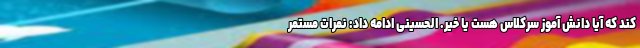
کند که آیا دانش آموز سرکلاس هست یا خیر. الحسینی ادامه داد: نمرات مستمر